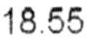
18.55